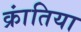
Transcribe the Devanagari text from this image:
क्रांतिया